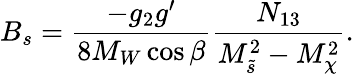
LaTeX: B_{s}=\frac{-g_{2}g^{\prime}}{8M_{W}\cos\beta}\frac{N_{13}}{M_{\tilde{s}}^{2}-M_{\chi}^{2}}.